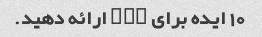
10 ایده برای "X" ارائه دهید.